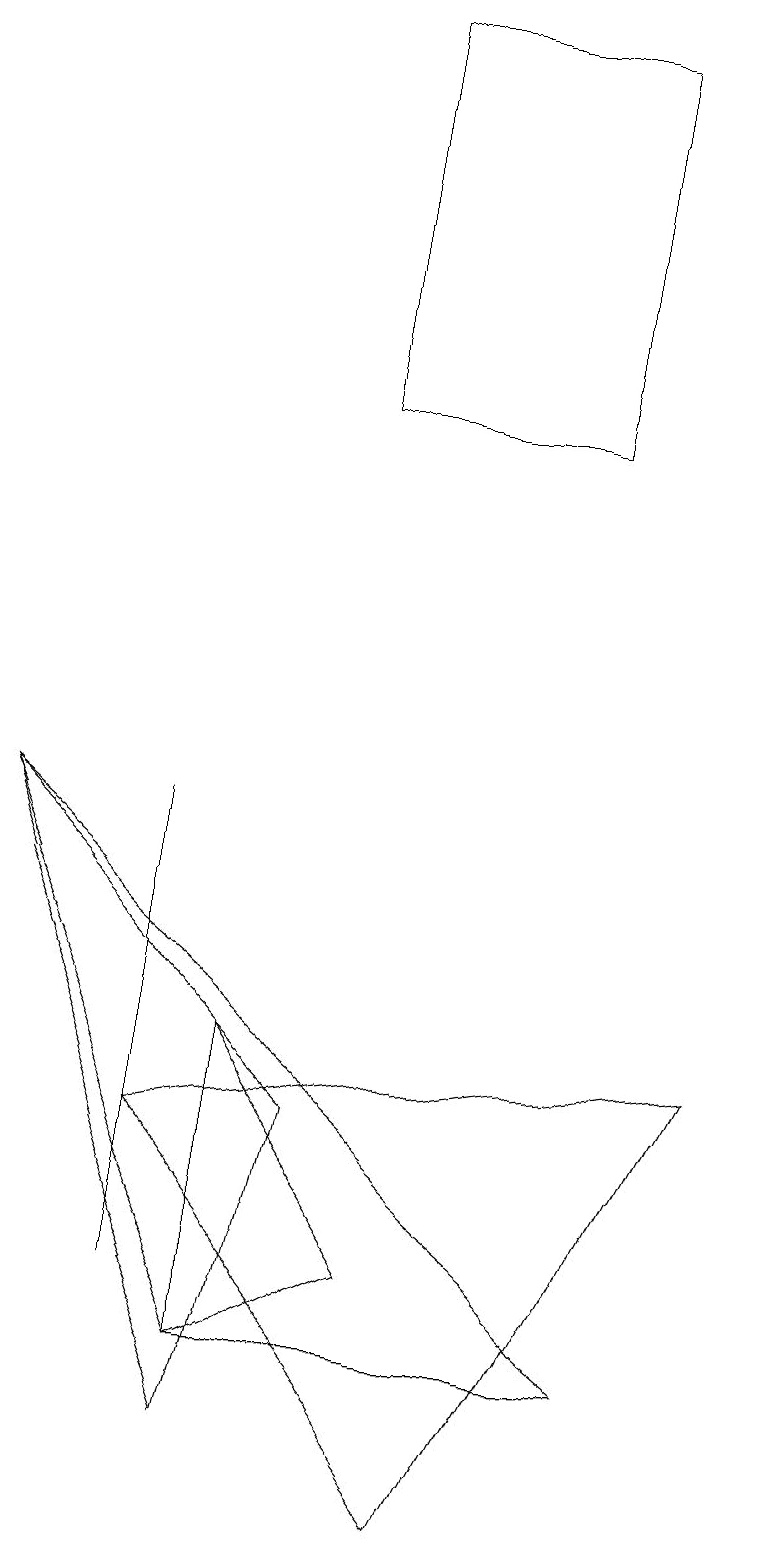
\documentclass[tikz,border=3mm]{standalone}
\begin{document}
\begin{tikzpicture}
\draw (4,14) rectangle (7,19);
\draw (0,9) -- (8,2) -- (3,2) -- cycle;
\draw (3,1) -- (0,9) -- (4,5) -- cycle;
\draw (9,6) -- (2,5) -- (6,0) -- cycle;
\draw (2,9) -- (2,3) -- (2,3) -- cycle;
\draw (3,2) -- (5,3) -- (3,6) -- cycle;
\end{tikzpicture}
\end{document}